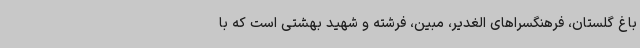
باغ گلستان، فرهنگسراهای الغدیر، مبین، فرشته و شهید بهشتی است که با